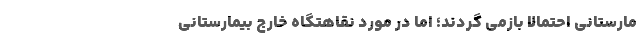
مارستانی احتمالا بازمی گردند؛ اما در مورد نقاهتگاه خارج بیمارستانی